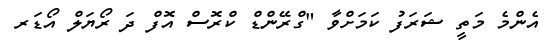
އެންމެ މަތީ ޝަރަފު ކަމަށްވާ "ގްރޭންޑް ކްރޮސް އޮފް ދަ ރޯޔަލް އޯޑަރ